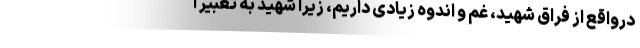
درواقع از فراق شهید، غم و اندوه زیادی داریم، زیرا شهید به تعبیر آ